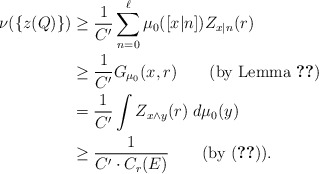
\begin{align*}\nu(\{z(Q)\})&\geq \frac{1}{C'}\sum_{n=0}^\ell\mu_0([x |n])Z_{x |n}(r)\\&\geq \frac{1}{C'} G_{\mu_0}(x, r) \qquad\mbox{(by Lemma \ref{lem-gmu})}\\&=\frac{1}{C'}\int Z_{x\wedge y}(r)\; d\mu_0(y)\\&\geq \frac{1}{C'\cdot C_r(E)} \qquad\mbox{(by \eqref{e-inq'})}.\end{align*}